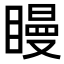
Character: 𥊑